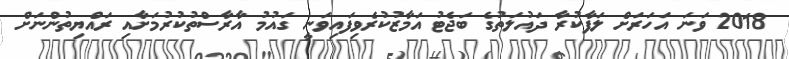
2018 ވަނަ އަހަރަށް ލަފާކުރާ ދައުލަތުގެ ބަޖެޓު އަމާޒުކުރެވިފައިވަނީ ގައުމު އާރާސްތުކުރުމަށާއި ރައްޔިތުންނަށް